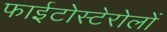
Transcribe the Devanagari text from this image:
फाईटोस्टेरोलों